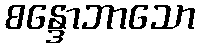
စန္ဒောဘာသော